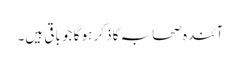
آئندہ صحابہ کا ذکر ہو گا جو باقی ہیں۔